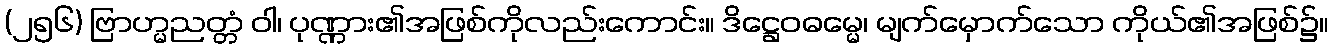
(၂၅၆) ဗြာဟ္မညတ္တံ ဝါ၊ ပုဏ္ဏား၏အဖြစ်ကိုလည်းကောင်း။ ဒိဋ္ဌေဝဓမ္မေ၊ မျက်မှောက်သော ကိုယ်၏အဖြစ်၌။